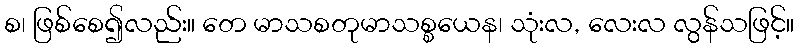
စ၊ ဖြစ်စေ၍လည်း။ တေ မာသစတုမာသစ္စယေန၊ သုံးလ, လေးလ လွန်သဖြင့်။